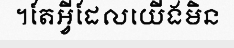
។តែអ្វីដែលយើងមិន